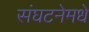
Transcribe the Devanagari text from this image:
संघटनेमधे